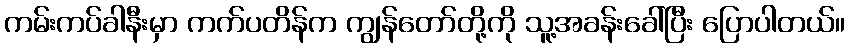
ကမ်းကပ်ခါနီးမှာ ကက်ပတိန်က ကျွန်တော်တို့ကို သူ့အခန်းခေါ်ပြီး ပြောပါတယ်။